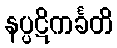
နပ္ပဋိကင်္ခတိ